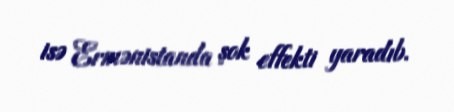
isə Ermənistanda şok effekti yaradıb.